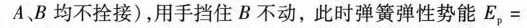
A、B均不拴接)，用手挡住 B 不动，此时弹簧弹性势能$$E_{p} =$$